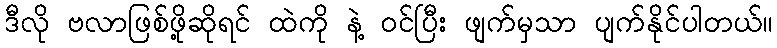
ဒီလို ဗလာဖြစ်ဖို့ဆိုရင် ထဲကို နဲ့ ဝင်ပြီး ဖျက်မှသာ ပျက်နိုင်ပါတယ်။